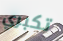
تكبري